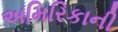
અમિરિકાની